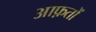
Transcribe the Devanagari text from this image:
आफ़तों